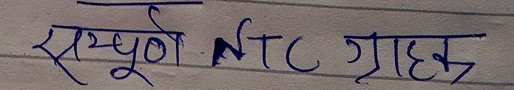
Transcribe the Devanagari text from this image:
सम्पूर्ण NTC ग्राहक